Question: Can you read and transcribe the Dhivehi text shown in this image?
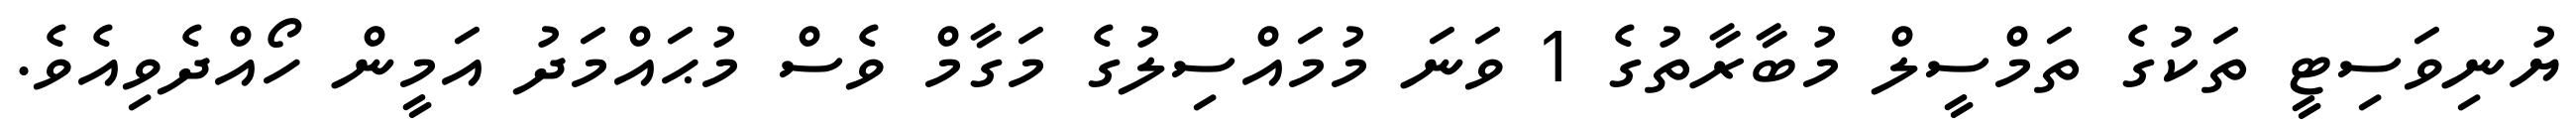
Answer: ޔުނިވަސިޓީ ތަކުގެ ތަމްސީލް މުބާރާތުގެ 1 ވަނަ މުމައްސިލުގެ މަގާމް ވެސް މުޙައްމަދު އަމީން ހޯއްދެވިއެވެ.